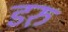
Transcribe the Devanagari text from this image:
डरु